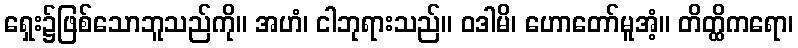
ရှေး၌ဖြစ်သောဘူသည်ကို။ အဟံ၊ ငါဘုရားသည်။ ဝဒါမိ၊ ဟောတော်မူအံ့။ တိတ္ထိကရော၊